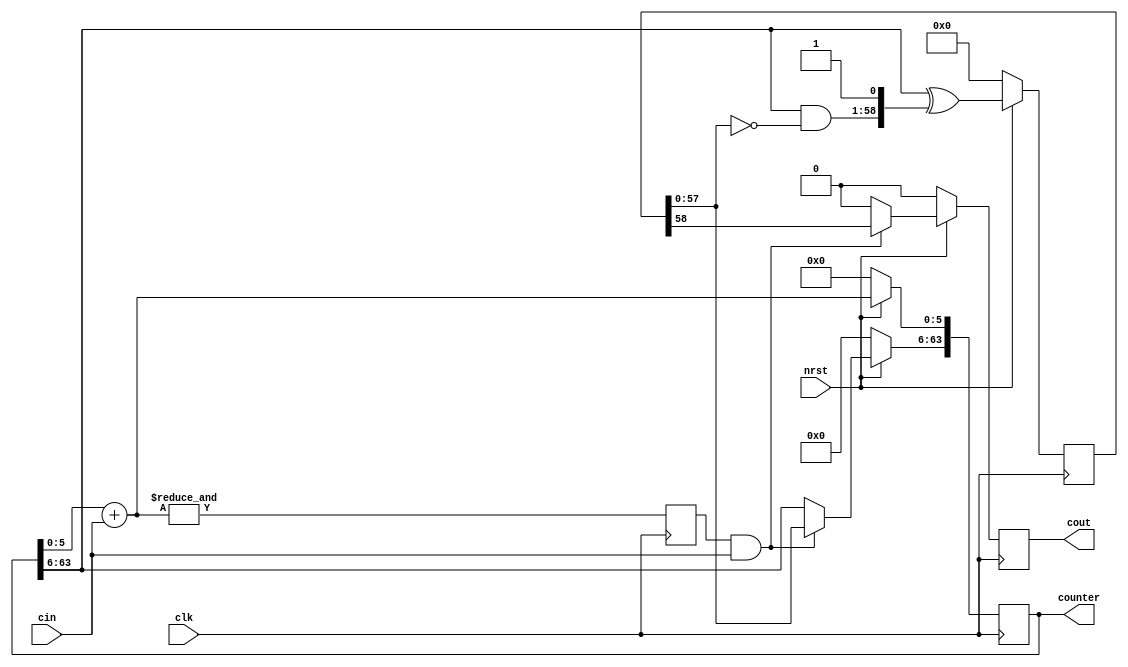
module rtl_cnt_lp #(
    parameter N = 64
) (
    input wire clk,
    input wire nrst,
    input wire cin,
    output reg [N-1: 0] counter,
    output reg cout
);

// N-K+1 >= (1<<K)
localparam K = $clog2(N);
wire [K-1: 0] lo_count;
reg lo_last;
assign lo_count = counter[K-1: 0] + cin;
// lazy_inc predict hi N-K-1 bits of counters, but calculate it in N-K ticks, and use not offten than every 2^k ticks.
reg [N: K] lazy_inc;
wire [N: K] lazy_inc_n;
assign lazy_inc_n[N: K] = {1'b0, counter[N-1: K]} ^ {(counter[N-1: K] & ~lazy_inc[N-1: K]), 1'b1};

always @(posedge clk) begin
    lo_last <= &lo_count;
    counter[K-1: 0] <= lo_count[K-1: 0];
    counter[N-1: K] <= (lo_last & cin) ? lazy_inc[N-1: K] : counter[N-1: K];
    cout <= (lo_last & cin) ? lazy_inc[N] : 1'b0;

    lazy_inc[N: K] <= lazy_inc_n;
    if (!nrst) begin
        counter <= '0;
        cout <= '0;
        lazy_inc <= '0;
    end
end

endmodule